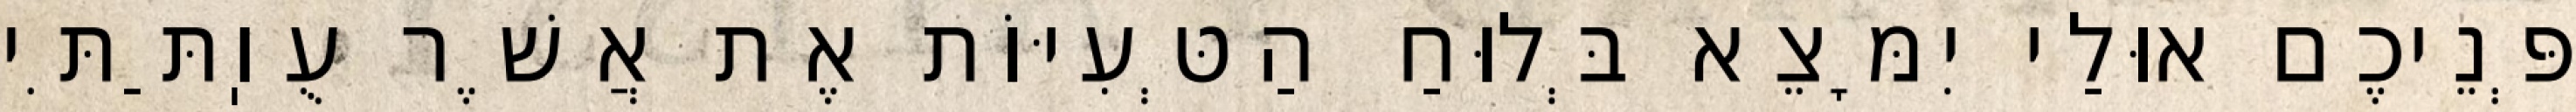
פְּנֵיכֶם אוּלַי יִמָּצֵא בְּלוּחַ הַטְּעִיּוֹת אֶת אֲשֶׁר עֻוֽתַּתִּי